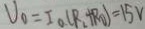
U _ { 0 } = I _ { 0 } ( R _ { 2 } + R _ { 0 } ) = 1 5 V